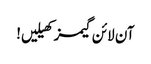
آن لائن گیمز کھیلیں!